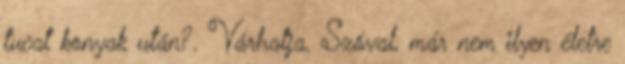
tucat konyak után?. Várhatja. Szóval, már nem ilyen életre